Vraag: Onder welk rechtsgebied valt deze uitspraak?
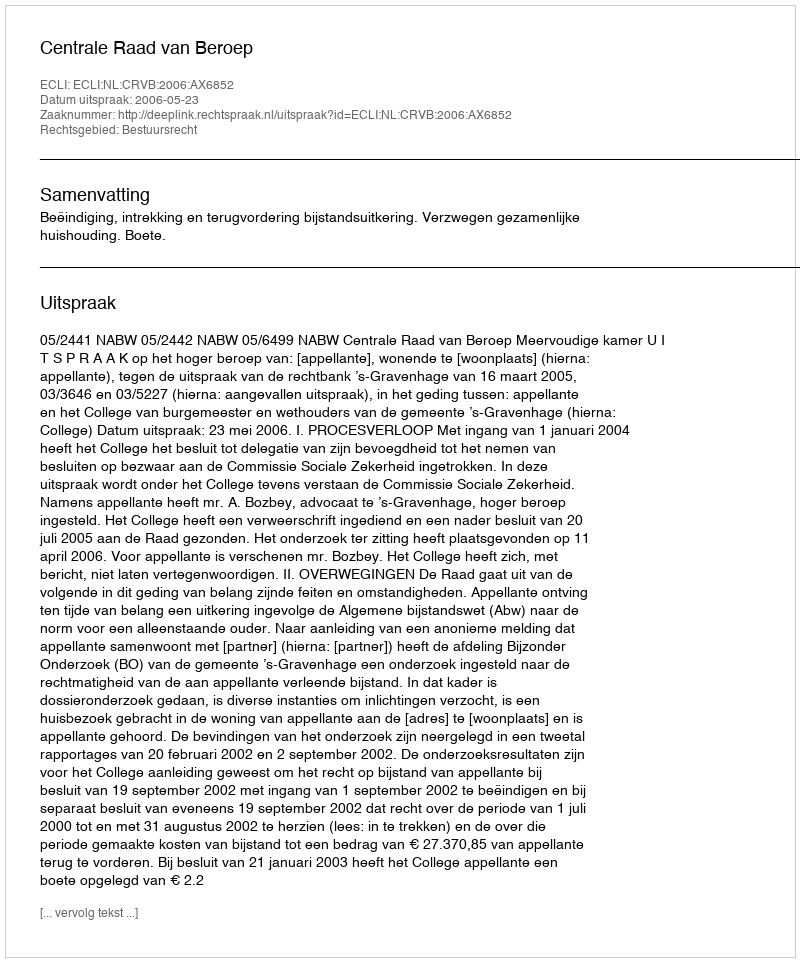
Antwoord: Bestuursrecht